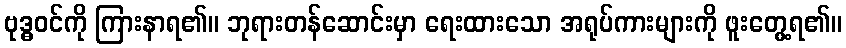
ဗုဒ္ဓဝင်ကို ကြားနာရ၏။ ဘုရားတန်ဆောင်းမှာ ရေးထားသော အရုပ်ကားများကို ဖူးတွေ့ရ၏။